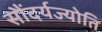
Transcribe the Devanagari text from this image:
सौंदर्यज्योति